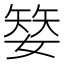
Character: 𡠅